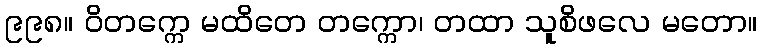
၉၉၈။ ဝိတက္ကေ မထိတေ တက္ကော၊ တထာ သူစိဖလေ မတော။